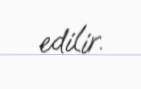
edilir.